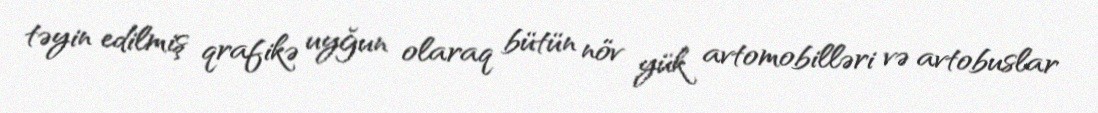
təyin edilmiş qrafikə uyğun olaraq bütün növ yük avtomobilləri və avtobuslar